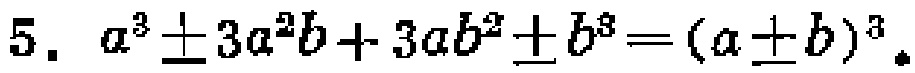
5. \(a^{3}\pm 3a^{2}b + 3ab^{2}\pm b^{3}=(a\pm b)^{3}\)